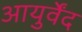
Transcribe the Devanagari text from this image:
आयुर्वेंद